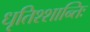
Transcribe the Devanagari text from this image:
धृतिश्शान्तिः